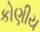
કોણીય